Vaccination Hyderabad 1890-1903 - 1890-1903
Year: 1890
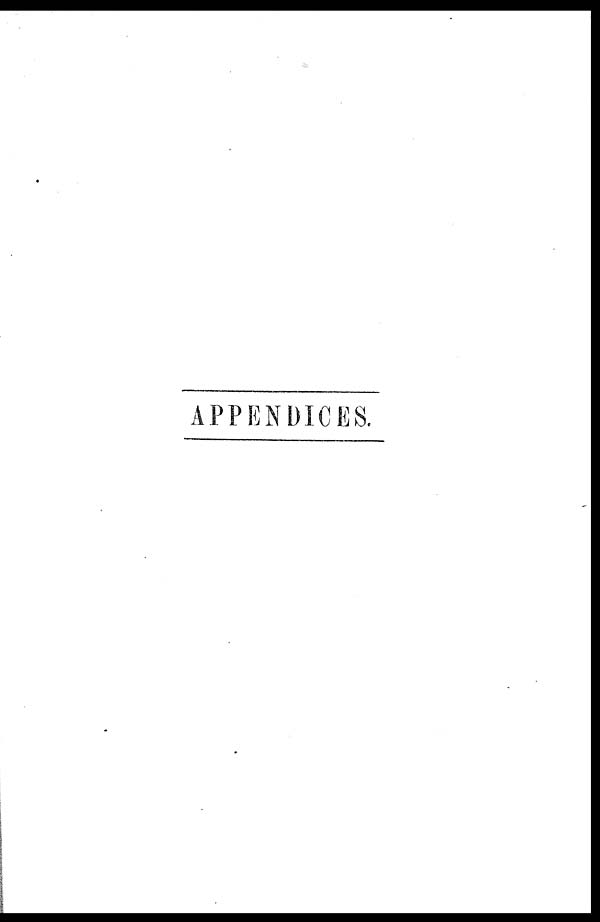
APPENDICES.